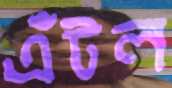
এঁটল